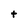
Character: t